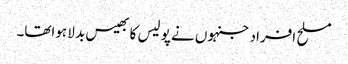
مسلح افراد جنہوں نے پو لیس کا بھیس بد لا ہواتھا۔